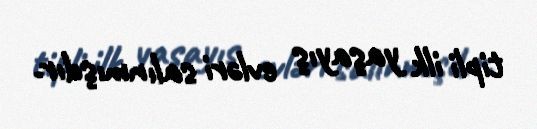
tipli ilk yaşayış evləri salınmışdır.